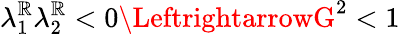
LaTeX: \lambda_{1}^{\mathbb{R}}\lambda_{2}^{\mathbb{R}}<0\LeftrightarrowG^{2}<1